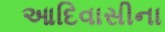
આદિવાસીના